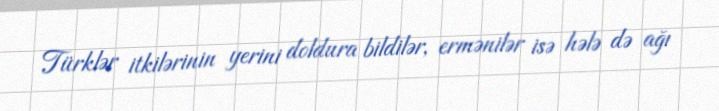
Türklər itkilərinin yerini doldura bildilər, ermənilər isə hələ də ağı